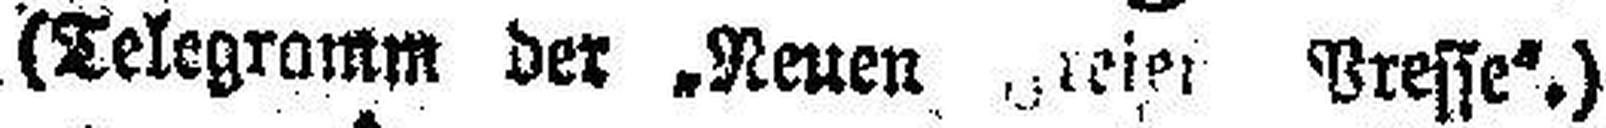
(Telegramm der „Neuen Freien Presse“.)